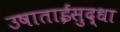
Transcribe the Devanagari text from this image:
उषाताईसुद्धा